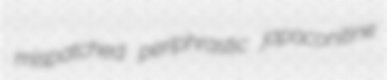
mispatched periphrastic japaconitine